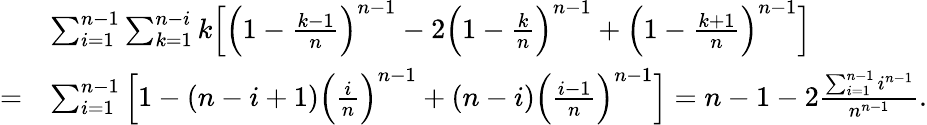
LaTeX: \begin{array}{rl}&{\sum_{i=1}^{n-1}\sum_{k=1}^{n-i}k\Big[\Big(1-\frac{k-1}{n}\Big)^{n-1}-2\Big(1-\frac{k}{n}\Big)^{n-1}+\Big(1-\frac{k+1}{n}\Big)^{n-1}\Big]}\\ {=}&{\sum_{i=1}^{n-1}\Big[1-(n-i+1)\Big(\frac{i}{n}\Big)^{n-1}+(n-i)\Big(\frac{i-1}{n}\Big)^{n-1}\Big]=n-1-2\frac{\sum_{i=1}^{n-1}i^{n-1}}{n^{n-1}}.}\end{array}